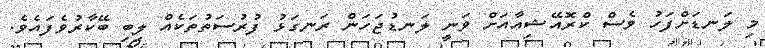
މި ލަނޑަށްފަހު ވެސް ކްރޮއޭޝިއާއަށް ވަނީ ލަނޑުޖަހަން ރަނގަޅު ފުރުސަތުތަކެއް ލިބި ބޭކާރުވެފައެވެ.